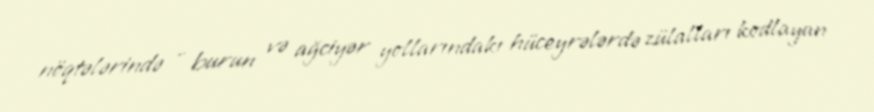
nöqtələrində - burun və ağciyər yollarındakı hüceyrələrdə zülalları kodlayan